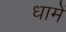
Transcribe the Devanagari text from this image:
धामें